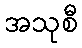
အသုစီ